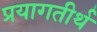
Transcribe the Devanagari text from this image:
प्रयागतीर्थ